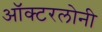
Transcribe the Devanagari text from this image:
ऑक्टरलोनी